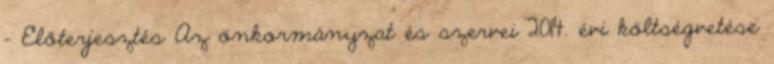
- Előterjesztés Az önkormányzat és szervei 2014. évi költségvetése